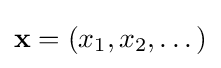
\mathbf {x} =(x_{1},x_{2},\dots )